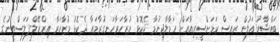
ބައްޝާރު އަލުން ރައީސް ކަމަށްސީރިއާއަށް ހަމާލާދިނުމާ ދެކޮޅު މުޒާހަރާހަނގުރާމައާ ދެކޮޅު މުޒާހަރާ އިޒްރޭލް-ފަލަސްތީނުގެ